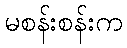
မစန်းစန်းက